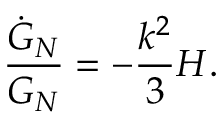
{ \frac { \dot { G } _ { N } } { G _ { N } } } = - { \frac { k ^ { 2 } } { 3 } } H .